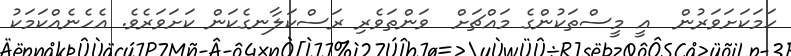
ހަމަކަށަވަރުން  އީ މީސްތަކުންގެ މައްޗަށް  ވަންތަވެރި ރަސްކަލާނގެކަން ކަށަވަރެވެ. އެހެނެއްކަމަކު